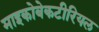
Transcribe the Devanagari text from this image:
माइकोबेकटीरियल